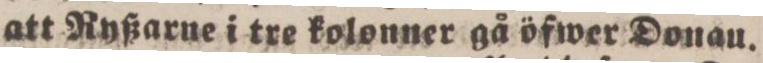
att Ryßarne i tre kolonner gå öfwer Donau.